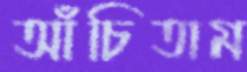
আঁচিতাম